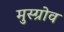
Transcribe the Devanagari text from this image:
मुस्ग्रोव